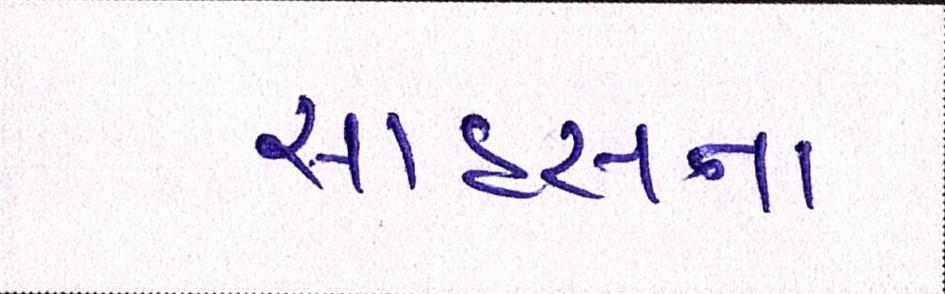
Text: સાહસના